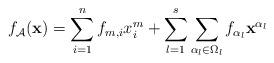
LaTeX: \begin{align*}f_{\mathcal{A}}({\bf x})=\sum_{i=1}^n f_{m,i} x_i^{m}+\sum_{l=1}^s \sum_{\alpha_l \in \Omega_l}f_{\alpha_l} {\bf x}^{\alpha_l}\end{align*}